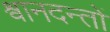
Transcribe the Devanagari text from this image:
श्वानदन्तों